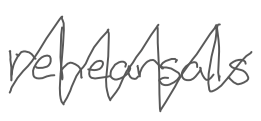
Text: rehearsals
Cross-out: zig-zag
Writing tool: digital_gray